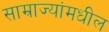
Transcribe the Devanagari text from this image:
साम्राज्यांमधील